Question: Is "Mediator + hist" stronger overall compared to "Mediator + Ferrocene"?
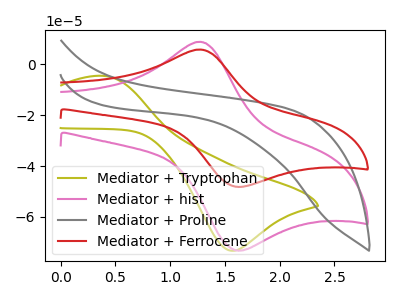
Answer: <think>The olive curve "Mediator + Tryptophan" has an anodic peak at (0.40V, -4.45uA) and a cathodic peak at (1.55V, -73.30uA). The pink curve "Mediator + hist" has an anodic peak at (1.25V, 8.90uA) and a cathodic peak at (1.60V, -73.15uA). The gray curve "Mediator + Proline" has no peaks. The red curve "Mediator + Ferrocene" has an anodic peak at (1.25V, 5.85uA) and a cathodic peak at (1.60V, -48.10uA).
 All the peaks in "Mediator + hist" have a peak in "Mediator + Ferrocene" at the same potential. Every peak in "Mediator + hist" is higher than every peak in "Mediator + Ferrocene".</think>
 <answer>"Mediator + hist" has more signal than "Mediator + Ferrocene".</answer>
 <eval>more_signal</eval>